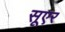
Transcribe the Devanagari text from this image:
सूएर